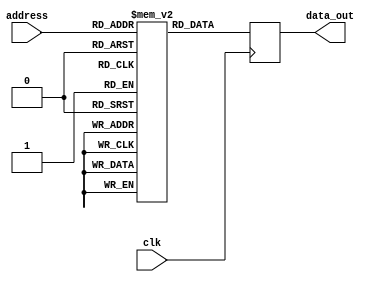
module anti_fuse_rom (
    input wire clk,
    input wire [7:0] address,
    output reg [7:0] data_out
);

// Memory block array with programmable anti-fuse elements
reg [7:0] memory_blocks [0:255];

// Address decoding logic
always @ (posedge clk) begin
    data_out <= memory_blocks[address];
end

endmodule